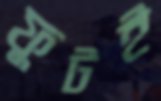
ফুটই